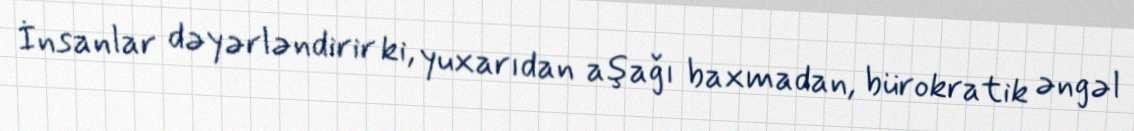
İnsanlar dəyərləndirir ki, yuxarıdan aşağı baxmadan, bürokratik əngəl